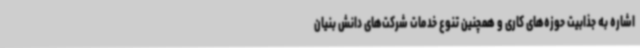
اشاره به جذابیت حوزه‌های کاری و همچنین تنوع خدمات شرکت‌های دانش بنیان